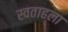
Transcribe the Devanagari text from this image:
स्वताहला